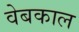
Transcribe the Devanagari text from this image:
वेबकाल